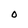
Character: O